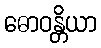
ဓောဝန္တိယာ